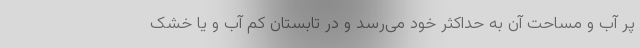
پر آب و مساحت آن به حداکثر خود می‌رسد و در تابستان کم آب و یا خشک